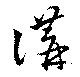
講